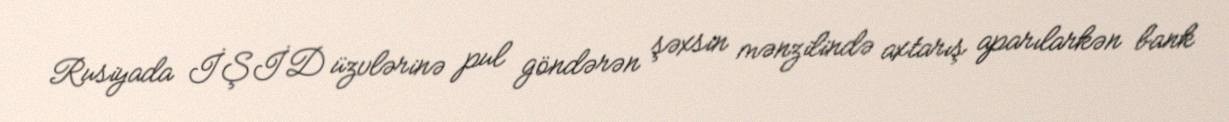
Rusiyada İŞİD üzvlərinə pul göndərən şəxsin mənzilində axtarış aparılarkən bank